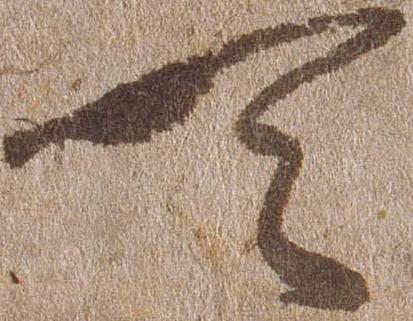
天